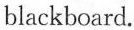
blackboard.